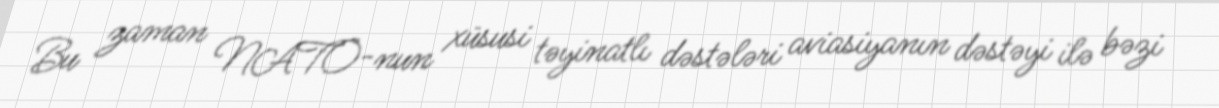
Bu zaman NATO-nun xüsusi təyinatlı dəstələri aviasiyanın dəstəyi ilə bəzi